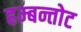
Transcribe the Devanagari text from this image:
हम्बन्तोट